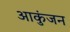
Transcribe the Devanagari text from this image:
आकुंजन